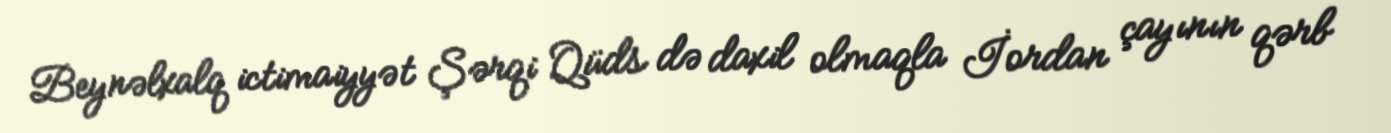
Beynəlxalq ictimaiyyət Şərqi Qüds də daxil olmaqla İordan çayının qərb